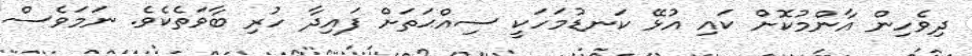
ދިވެހިން އާންމުކޮށް ކައި އުޅޭ ކަނޑުމަހަކީ ސިއްޙަތަށް ފައިދާ ހުރި ބާވަތެކެވެ. ނަމަވެސް